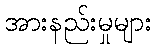
အားနည်းမှုများ